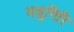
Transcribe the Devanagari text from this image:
मधुगिरि